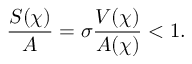
\frac { S ( \chi ) } { A } = \sigma \frac { V ( \chi ) } { A ( \chi ) } < 1 .